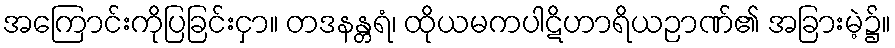
အကြောင်းကိုပြခြင်းငှာ။ တဒနန္တရံ၊ ထိုယမကပါဋိဟာရိယဉာဏ်၏ အခြားမဲ့၌။